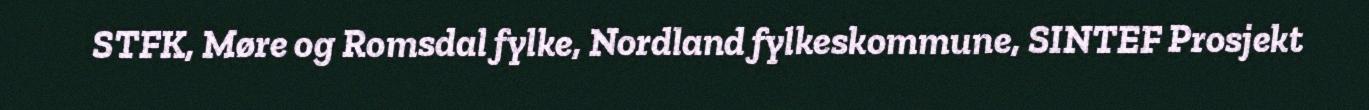
STFK, Møre og Romsdal fylke, Nordland fylkeskommune, SINTEF Prosjekt